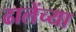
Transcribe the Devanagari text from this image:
ढालेंच्या